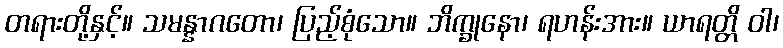
တရားတို့နှင့်။ သမန္နာဂတော၊ ပြည့်စုံသော။ ဘိက္ခုနော၊ ရဟန်းအား။ ယာရတ္တိ ဝါ၊